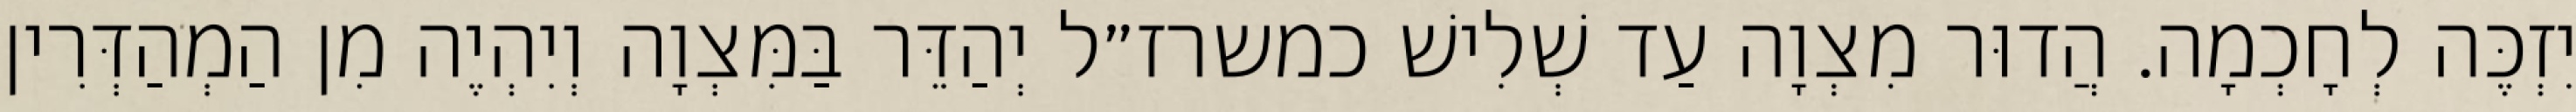
יִזְכֶּה לְחָכְמָה. הֲדוּר מִצְוָה עַד שְׁלִישׁ כמשרז״ל יְהַדֵּר בַּמִּצְוָה וְיִהְיֶה מִן הַמְהַדְּרִין